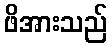
ဖိအားသည်